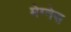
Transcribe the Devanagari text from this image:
मेग्नेस